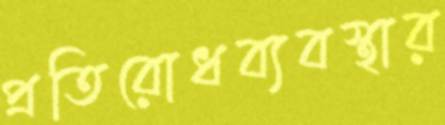
প্রতিরোধব্যবস্থার